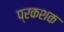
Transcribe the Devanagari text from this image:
प्रकशक